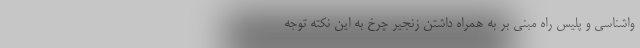
واشناسی و پلیس راه مبنی بر به همراه داشتن زنجیر چرخ به این نکته توجه